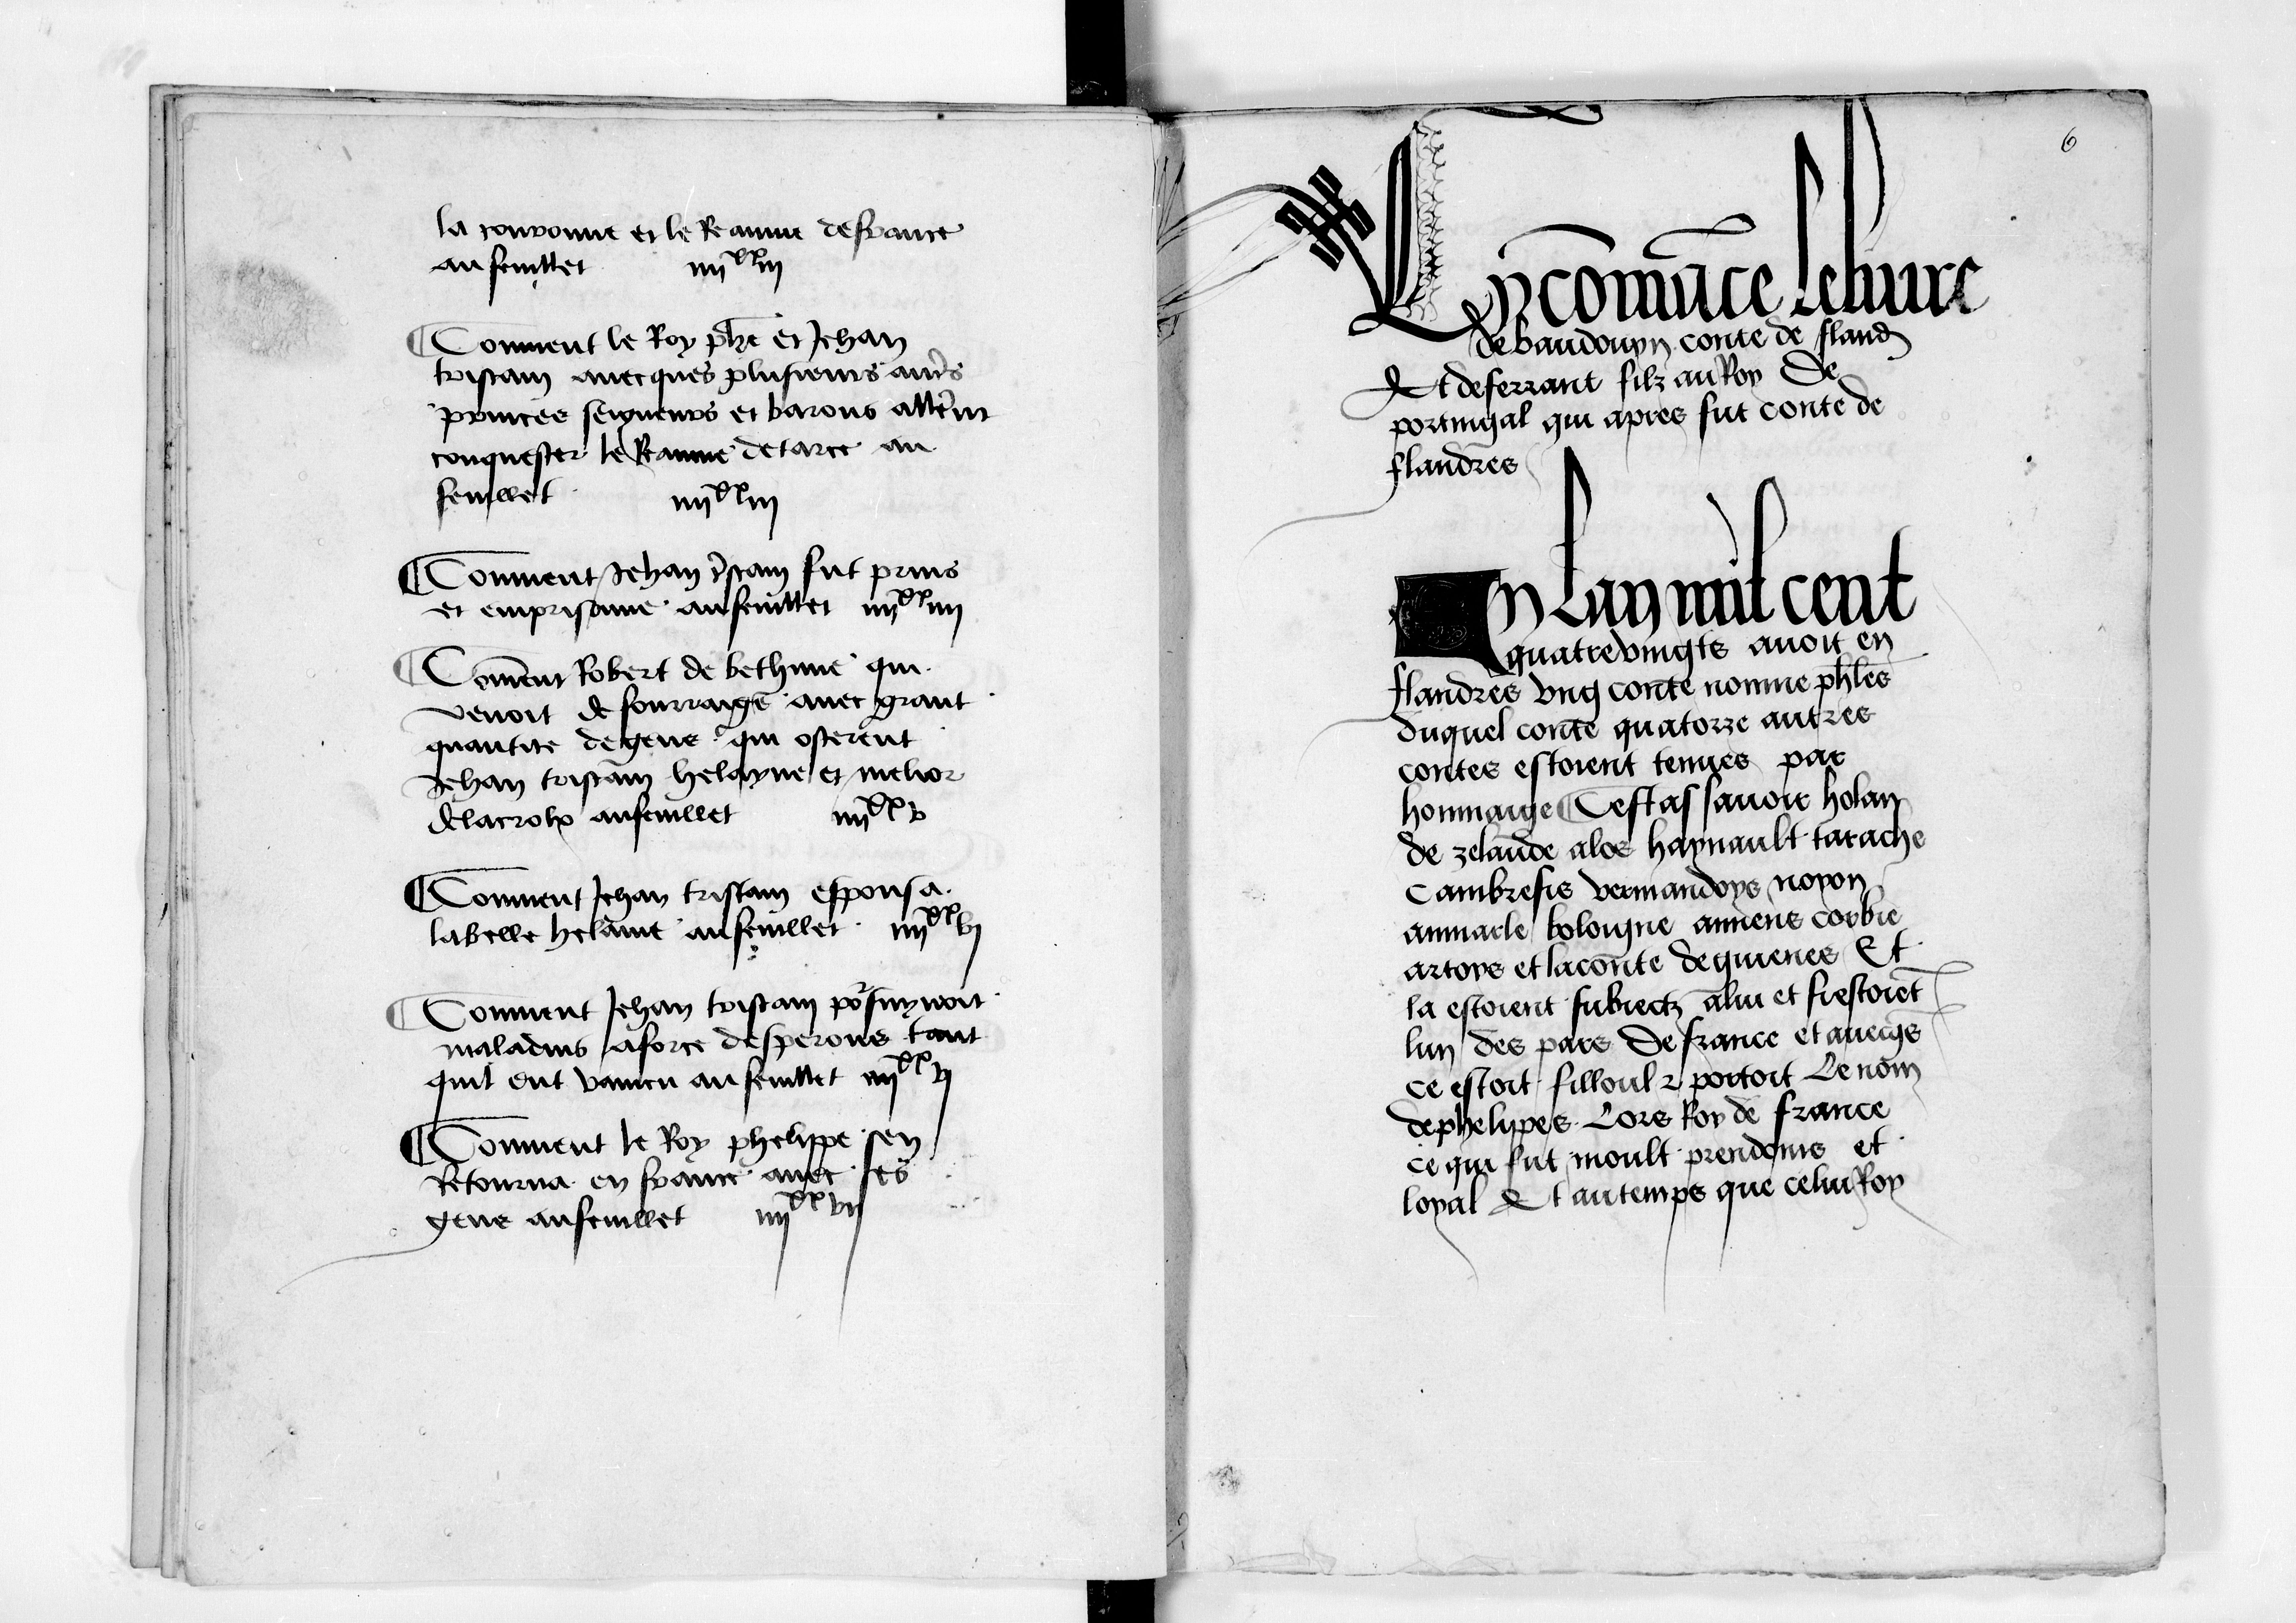
Shelfmark: Paris, BnF, fr. 12551
Century: 15